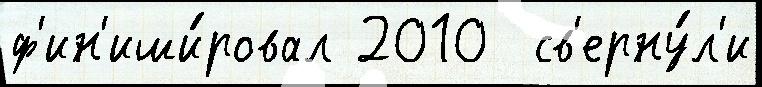
ф'ин'иши́ровал 2010  св'ерну́л'и